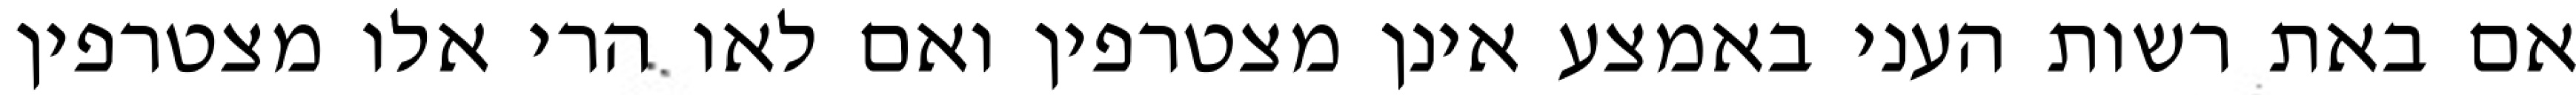
אם באת רשות העני באמצע אינן מצטרפין ואם לאו הרי אלו מצטרפין